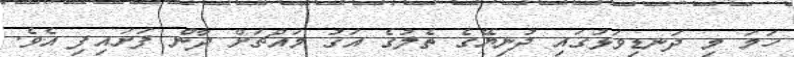
ހަމަ މި ދަނޑިވަޅުގައި ދުނިޔޭގެ ތެލުގެ އަގު މައްޗަށް ދާން ފަށައިފި އެވެ.